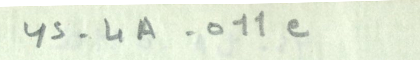
YS-4A-011e